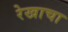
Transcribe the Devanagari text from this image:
रेखाचा